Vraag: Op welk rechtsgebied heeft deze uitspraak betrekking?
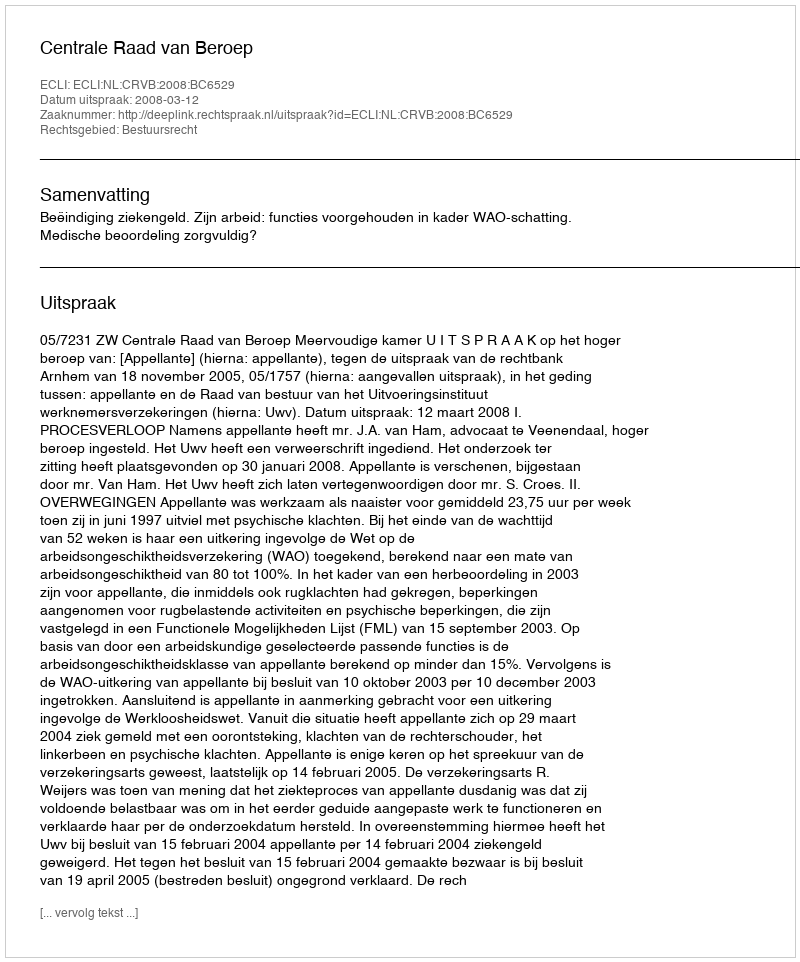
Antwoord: Bestuursrecht